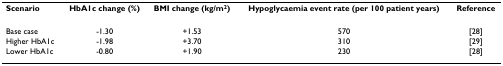
<table><thead><tr><td><b>Scenario</b></td><td><b>HbA1c change (%)</b></td><td><b>BMI change (kg/m<sup>2</sup>)</b></td><td><b>Hypoglycaemia event rate (per 100 patient years)</b></td><td><b>Reference</b></td></tr></thead><tbody><tr><td>Base case</td><td>-1.30</td><td>+1.53</td><td>570</td><td>[28]</td></tr><tr><td>Higher HbA1c</td><td>-1.98</td><td>+3.70</td><td>310</td><td>[29]</td></tr><tr><td>Lower HbA1c</td><td>-0.80</td><td>+1.90</td><td>230</td><td>[28]</td></tr></tbody></table>